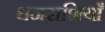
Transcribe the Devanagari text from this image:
धनराशियाँ